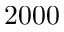
2 0 0 0